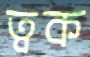
ত্বক